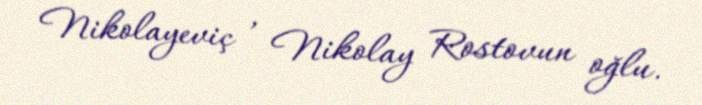
Nikolayeviç , Nikolay Rostovun oğlu.